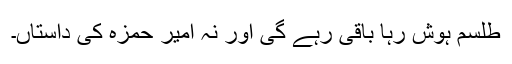
طلسم ہوش رہا باقی رہے گی اور نہ امیر حمزہ کی داستاں۔